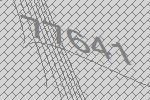
77641